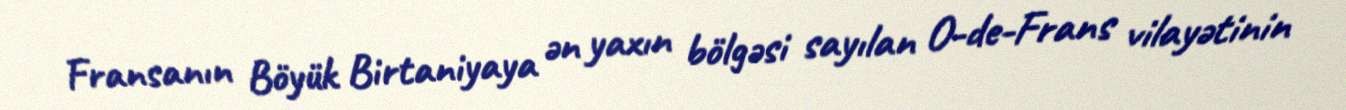
Fransanın Böyük Birtaniyaya ən yaxın bölgəsi sayılan O-de-Frans vilayətinin